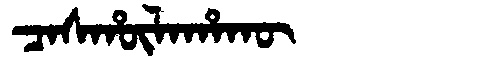
Manchu: ᠴᠠᠰᡥᡡᠯᠠᡥᠠᡴᡡ
Romanization: CASHŪLAHAKŪ